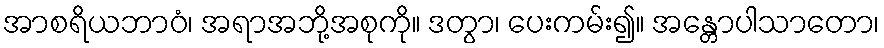
အာစရိယဘာဝံ၊ အရာအဘို့အစုကို။ ဒတွာ၊ ပေးကမ်း၍။ အန္တောပါသာတော၊